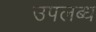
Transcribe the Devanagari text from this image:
उपलब्ध